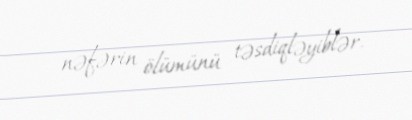
nəfərin ölümünü təsdiqləyiblər.